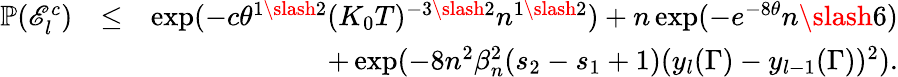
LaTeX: \begin{array}{rlr}{\mathbb{P}(\mathscr{E}_{l}^{c})}&{\leq}&{\exp(-c\theta^{1\slash 2}(K_{0}T)^{-3\slash 2}n^{1\slash 2})+n\exp(-e^{-8\theta}n\slash 6)}\\ &{}&{+\exp(-8n^{2}\beta_{n}^{2}(s_{2}-s_{1}+1)(y_{l}(\Gamma)-y_{l-1}(\Gamma))^{2}).}\end{array}